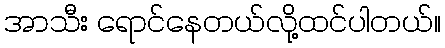
အာသီး ရောင်နေတယ်လို့ထင်ပါတယ်။